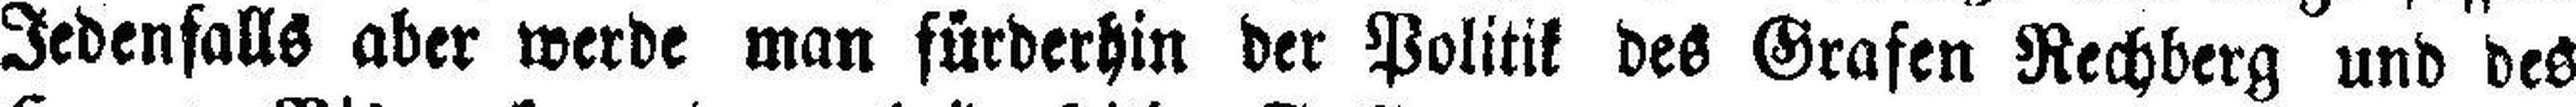
Jedenfalls aber werde man fürderhin der Politik des Grafen Rechberg und des